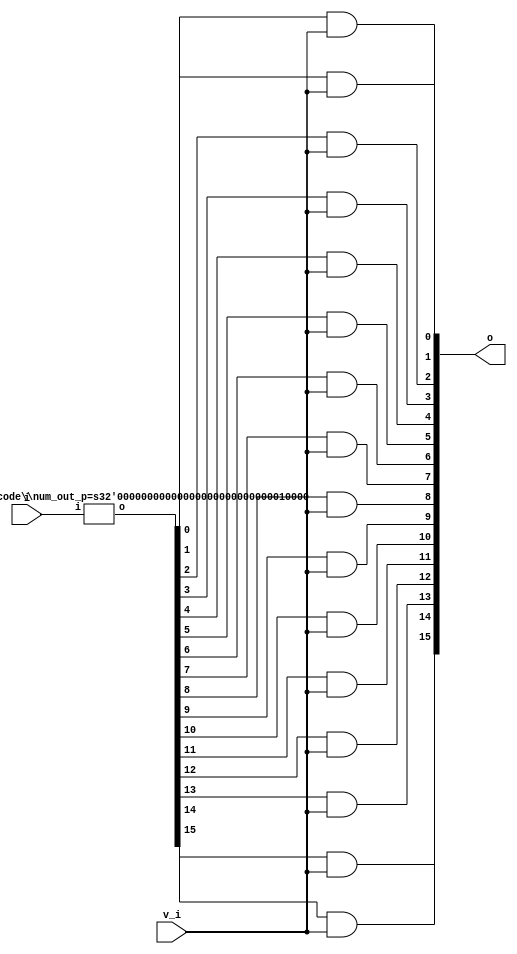
// This program was cloned from: https://github.com/chipsalliance/synlig
// License: Apache License 2.0

/* Generated by Yosys 0.27+9 (git sha1 101d19bb6, gcc 11.2.0-7ubuntu2 -fPIC -Os) */


module \$paramod\bsg_decode\num_out_p=s32'00000000000000000000000000010000 (i, o);
  wire _00_;
  wire _01_;
  wire _02_;
  wire _03_;
  wire _04_;
  wire _05_;
  wire _06_;
  wire _07_;
  wire _08_;
  wire _09_;
  wire _10_;
  wire _11_;
  wire _12_;
  wire _13_;
  
  input [3:0] i;
  wire [3:0] i;
  
  output [15:0] o;
  wire [15:0] o;
  assign _00_ = ~i[3];
  assign _01_ = i[0] | i[1];
  assign _02_ = _01_ | i[2];
  assign o[0] = _00_ & ~(_02_);
  assign _03_ = i[1] | ~(i[0]);
  assign _04_ = _03_ | i[2];
  assign o[1] = _00_ & ~(_04_);
  assign _05_ = i[0] | ~(i[1]);
  assign _06_ = _05_ | i[2];
  assign o[2] = _00_ & ~(_06_);
  assign _07_ = ~(i[0] & i[1]);
  assign _08_ = _07_ | i[2];
  assign o[3] = _00_ & ~(_08_);
  assign _09_ = ~i[2];
  assign _10_ = _01_ | _09_;
  assign o[4] = _00_ & ~(_10_);
  assign _11_ = _03_ | _09_;
  assign o[5] = _00_ & ~(_11_);
  assign _12_ = _05_ | _09_;
  assign o[6] = _00_ & ~(_12_);
  assign _13_ = _07_ | _09_;
  assign o[7] = _00_ & ~(_13_);
  assign o[8] = i[3] & ~(_02_);
  assign o[9] = i[3] & ~(_04_);
  assign o[10] = i[3] & ~(_06_);
  assign o[11] = i[3] & ~(_08_);
  assign o[12] = i[3] & ~(_10_);
  assign o[13] = i[3] & ~(_11_);
  assign o[14] = i[3] & ~(_12_);
  assign o[15] = i[3] & ~(_13_);
endmodule

(* top =  1  *)

module bsg_decode_with_v(i, v_i, o);
  
  input [3:0] i;
  wire [3:0] i;
  
  wire [15:0] lo;
  
  output [15:0] o;
  wire [15:0] o;
  
  input v_i;
  wire v_i;
  assign o[0] = lo[0] & v_i;
  assign o[1] = lo[1] & v_i;
  assign o[2] = lo[2] & v_i;
  assign o[3] = lo[3] & v_i;
  assign o[4] = lo[4] & v_i;
  assign o[5] = lo[5] & v_i;
  assign o[6] = lo[6] & v_i;
  assign o[7] = lo[7] & v_i;
  assign o[8] = lo[8] & v_i;
  assign o[9] = lo[9] & v_i;
  assign o[10] = lo[10] & v_i;
  assign o[11] = lo[11] & v_i;
  assign o[12] = lo[12] & v_i;
  assign o[13] = lo[13] & v_i;
  assign o[14] = lo[14] & v_i;
  assign o[15] = lo[15] & v_i;
  (* module_not_derived = 32'd1 *)
  
  \$paramod\bsg_decode\num_out_p=s32'00000000000000000000000000010000  bd (
    .i(i),
    .o(lo)
  );
endmodule